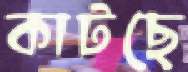
কাটছে